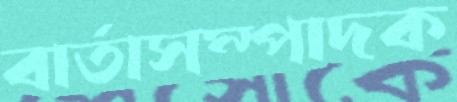
বার্তাসম্পাদক